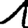
Digit: 1